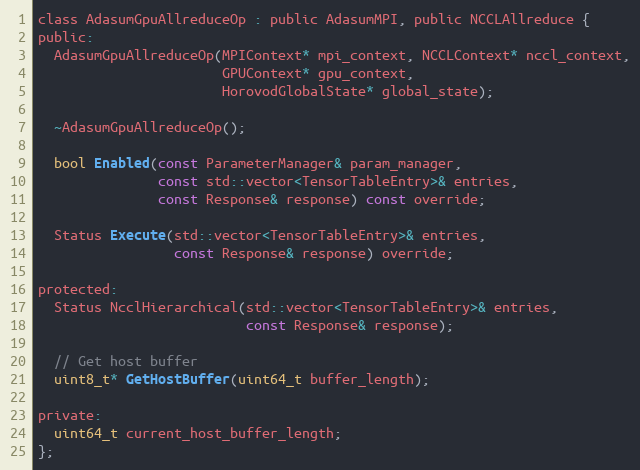
Language: C
class AdasumGpuAllreduceOp : public AdasumMPI, public NCCLAllreduce {
public:
  AdasumGpuAllreduceOp(MPIContext* mpi_context, NCCLContext* nccl_context,
                       GPUContext* gpu_context,
                       HorovodGlobalState* global_state);

  ~AdasumGpuAllreduceOp();

  bool Enabled(const ParameterManager& param_manager,
               const std::vector<TensorTableEntry>& entries,
               const Response& response) const override;

  Status Execute(std::vector<TensorTableEntry>& entries,
                 const Response& response) override;

protected:
  Status NcclHierarchical(std::vector<TensorTableEntry>& entries,
                          const Response& response);

  // Get host buffer
  uint8_t* GetHostBuffer(uint64_t buffer_length);

private:
  uint64_t current_host_buffer_length;
};